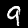
Digit: 9